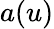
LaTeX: a(u)